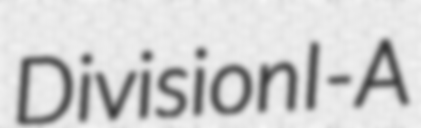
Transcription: Division I-A